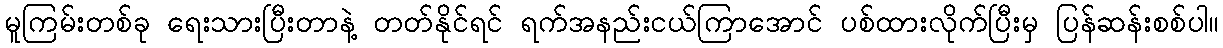
မူကြမ်းတစ်ခု ရေးသားပြီးတာနဲ့ တတ်နိုင်ရင် ရက်အနည်းငယ်ကြာအောင် ပစ်ထားလိုက်ပြီးမှ ပြန်ဆန်းစစ်ပါ။